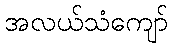
အလယ်သံကျော်